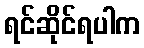
ရင်ဆိုင်ရပါက